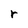
Character: r